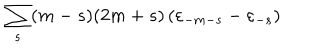
\sum _ { s } ( m - s ) ( 2 m + s ) \left( { \varepsilon } _ { - m - s } - { \varepsilon } _ { - s } \right)